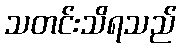
သတင်းသိရသည်